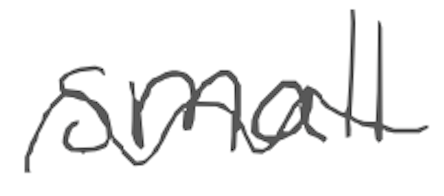
Text: small
Cross-out: wave
Writing tool: digital_gray